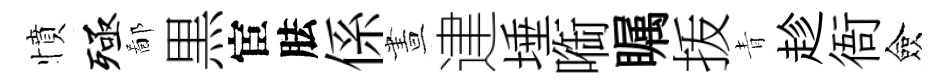
憤殛鄙黒宦胠係晝䢖埵㗸瞩㧞青趁衙僉